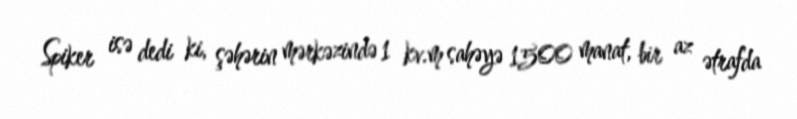
Spiker isə dedi ki, şəhərin mərkəzində 1 kv.m sahəyə 1500 manat, bir az ətrafda